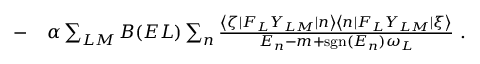
\begin{array} { r l } { - } & { { } \alpha \sum _ { L M } B ( E L ) \sum _ { n } \frac { \left< \zeta | F _ { L } Y _ { L M } | n \right> \left< n | F _ { L } Y _ { L M } | \xi \right> } { E _ { n } - m + \mathrm { s g n } ( E _ { n } ) \omega _ { L } } \ . } \end{array}